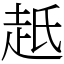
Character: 赿